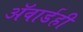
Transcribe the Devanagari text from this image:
ॲवार्डही